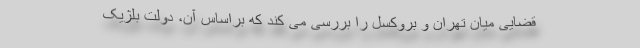
قضایی میان تهران و بروکسل را بررسی می کند که براساس آن، دولت بلژیک